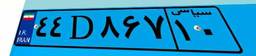
۴۴D۸۶۷۱۰